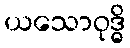
ယသောဝုဒ္ဓိ